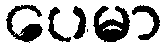
ပေမာ